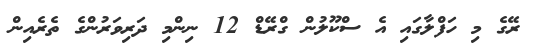
ރޭގެ މި ހަފްލާގައި އެ ސްކޫލުން ގްރޭޑް 12 ނިންމި ދަރިވަރުންގެ ތެރެއިން